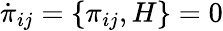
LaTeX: \dot{\pi}_{ij}=\{ \pi_{ij},H\} =0